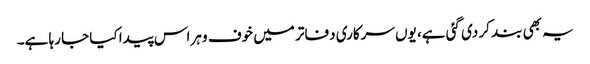
یہ بھی بند کر دی گئی ہے، یوں سرکاری دفاتر میں خوف و ہراس پیدا کیا جا رہا ہے۔